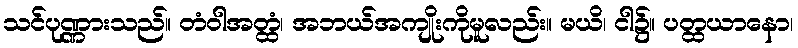
သင်ပုဏ္ဏားသည်။ တံဝါအတ္ထံ၊ အဘယ်အကျိုးကိုမူလည်း။ မယိ၊ ငါ၌။ ပတ္ထယာနော၊